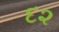
દ૨